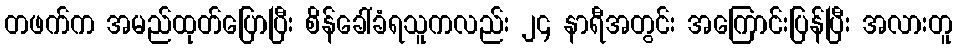
တဖက်က အမည်ထုတ်ပြောပြီး စိန်ခေါ်ခံရသူကလည်း ၂၄ နာရီအတွင်း အကြောင်းပြန်ပြီး အလားတူ